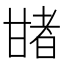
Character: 𤯈